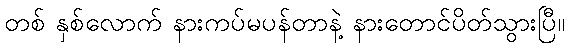
တစ် နှစ်လောက် နားကပ်မပန်တာနဲ့ နားတောင်ပိတ်သွားပြီ။